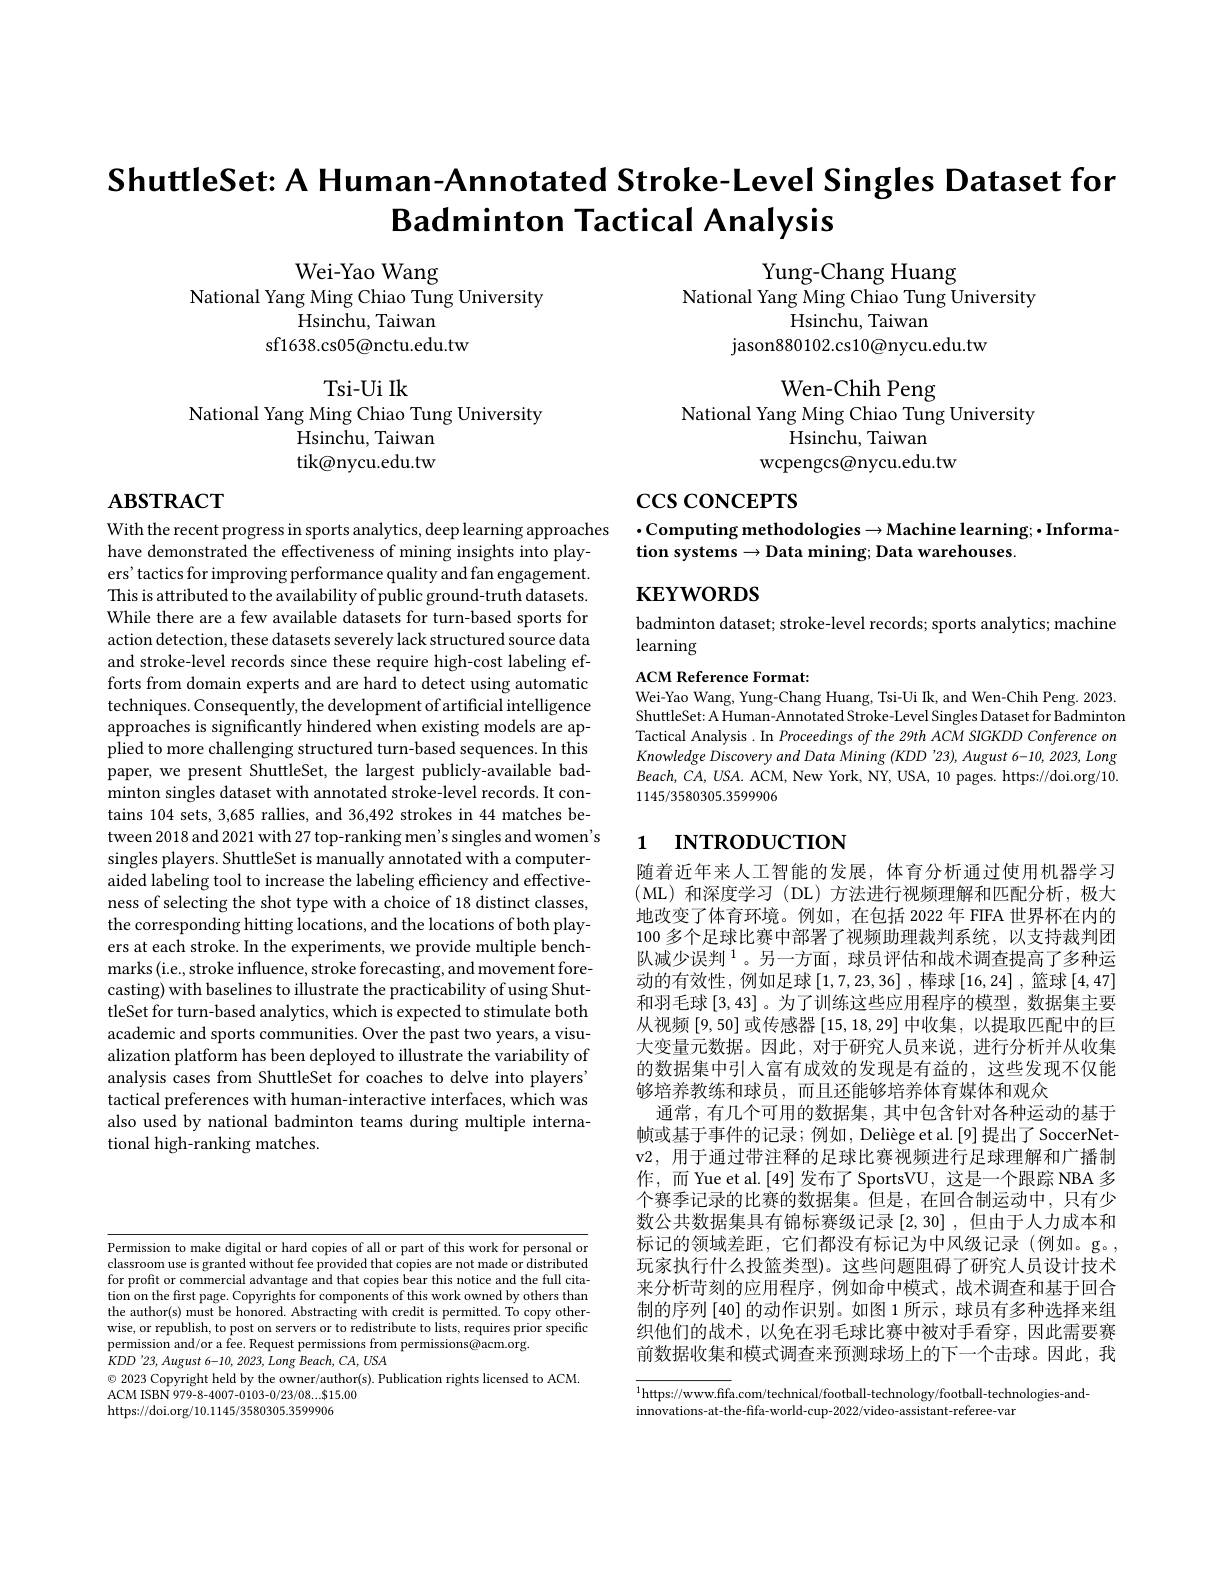
ShuttleSet: A Human-Annotated Stroke-Level Singles Dataset for
Badminton Tactical Analysis

Wei-Yao Wang
National Yang Ming Chiao Tung University
Hsinchu, Taiwan
sf1638.cs05@nctu.edu.tw

Yung-Chang Huang
National Yang Ming Chiao Tung University
Hsinchu, Taiwan
jason880102.cs10@nycu.edu.tw

Tsi- Ui Ik

Wen-Chih Peng
National Yang Ming Chiao Tung University
Hsinchu, Taiwan
wcpengcs@nycu.edu.tw

National Yang Ming Chiao Tung University
Hsinchu, Taiwan tik@nycu.edu.tw

# $\mathbf{ABSTRACT}$

$\csc\cos$coNCEPTS

## $\cdot$Computing methodologies$\to$Machine learning;$\cdot$Informa-Computing methodologies$\to$Machine learning;$\cdot$Information systems$\to$Data mining; Data warehouses

$\mathbf{KEYWORDS}$

badminton dataset; stroke-level records; sports analytics; machine
learning

ACM Reference Format:
Wei-Yao Wang, Yung-Chang Huang, Tsi-Ui Ik, and Wen-Chih Peng. 2023. ShuttleSet: A Human-Annotated Stroke-Level Singles Dataset for Badminton Tactical Analysis . In Proceedings of the 29th ACM SIGKDD Conference on Knowledge Discovery and Data Mining (KDD '23), August 6-10, 2023, Long $Beach,CA,USA.$ ACM, New York, NY, USA, 10 pages. https://doi.org/10. 1145/3580305.3599906

With the recent progress in sports analytics, deep learning approaches
have demonstrated the effectiveness of mining insights into players' tactics for improving performance quality and fan engagement. This is attributed to the availability of public ground-truth datasets. While there are a few available datasets for turn-based sports for action detection, these datasets severely lack structured source data and stroke-level records since these require high-cost labeling efforts from domain experts and are hard to detect using automatic techniques. Consequently, the development of artificial intelligence approaches is significantly hindered when existing models are applied to more challenging structured turn-based sequences. In this paper, we present ShuttleSet, the largest publicly-available badminton singles dataset with annotated stroke-level records. It contains 104 sets, 3,685 rallies, and 36,492 strokes in 44 matches between 2018 and 2021 with 27 top-ranking men's singles and women's singles players. ShuttleSet is manually annotated with a computeraided labeling tool to increase the labeling efficiency and effectiveness of selecting the shot type with a choice of 18 distinct classes, the corresponding hitting locations, and the locations of both players at each stroke. In the experiments, we provide multiple benchmarks (i.e., stroke influence, stroke forecasting, and movement forecasting) with baselines to illustrate the practicability of using ShuttleSet for turn-based analytics, which is expected to stimulate both academic and sports communities. Over the past two years, a visualization platform has been deployed to illustrate the variability of analysis cases from ShuttleSet for coaches to delve into players' tactical preferences with human-interactive interfaces, which was also used by national badminton teams during multiple international high-ranking matches.

# 1 INTRODUCTION

随着近年来人工智能的发展，体育分析通过使用机器学习(ML)和深度学习(DL)方法进行视频理解和匹配分析，极大地改变了体育环境。例如，在包括 2022 年 FIFA 世界杯在内的100 多个足球比赛中部署了视频助理裁判系统，以支持裁判团队减少误判$^{1}$。另一方面，球员评估和战术调查提高了多种运动的有效性，例如足球$\left[1,7,23,36\right]$, 棒球$\left[16,24\right]$,篮球$\left[4,47\right]$ 和羽毛球[3,43] 。为了训练这些应用程序的模型，数据集主要从视频[9,50]或传感器[15,18,29]中收集，以提取匹配中的巨大变量元数据。因此，对于研究人员来说，进行分析并从收集的数据集中引入富有成效的发现是有益的，这些发现不仅能够培养教练和球员，而且还能够培养体育媒体和观众
通常，有几个可用的数据集，其中包含针对各种运动的基于帧或基于事件的记录；例如，Deliège et al.[9]提出了 SoccerNetv2, 用于通过带注释的足球比赛视频进行足球理解和广播制作，而 Yue et al.[49]发布了 SportsVU, 这是一个跟踪 NBA 多个赛季记录的比赛的数据集。但是，在回合制运动中，只有少数公共数据集具有锦标赛级记录$\left[2,30\right]$,但由于人力成本和标记的领域差距，它们都没有标记为中风级记录(例如。g。, 玩家执行什么投篮类型)。这些问题阻碍了研究人员设计技术来分析苛刻的应用程序，例如命中模式，战术调查和基于回合制的序列[40]的动作识别。如图 1 所示，球员有多种选择来组织他们的战术，以免在羽毛球比赛中被对手看穿，因此需要赛前数据收集和模式调查来预测球场上的下一个击球。因此，我

Permission to make digital or hard copies of all or part of this work for personal or classroom use is granted without fee provided that copies are not made or distributed for profit or commercial advantage and that copies bear this notice and the full citation on the first page. Copyrights for components of this work owned by others than the author(s) must be honored. Abstracting with credit is permitted. To copy otherwise, or republish, to post on servers or to redistribute to lists, requires prior specific permission and/or a fee. Request permissions from permissions@acm.org.
$KDD^{\prime}23,August$ 6-10, 2023, Long Beach, CA, USA
$\odot$ 2023 Copyright held by the owner/author(s). Publication rights licensed to ACM.
ACM ISBN 979-8-4007-0103-0/23/08...$15.00
https://doi.org/10.1145/3580305.3599906

$^{1}$https://www.ffa.com/technical/football-technology/football-technologies-and-
innovations-at-the-fifa-world-cup-2022/video-assistant-referee-var